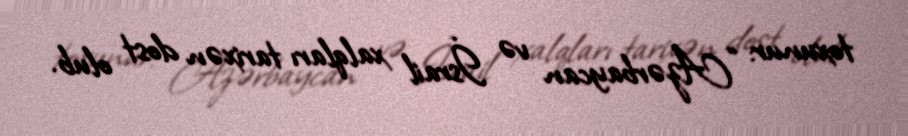
toxunur: “Azərbaycan və İsrail xalqları tarixən dost olub.